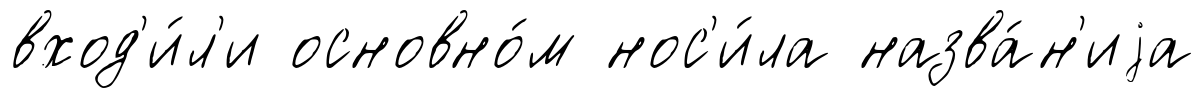
вход'и́л'и основно́м нос'и́ла назва́н'иjа